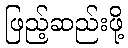
ဖြည့်ဆည်းဖို့